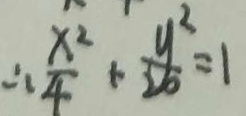
\therefore \frac { x ^ { 2 } } { 4 } + \frac { y ^ { 2 } } { 2 6 } = 1